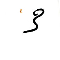
3